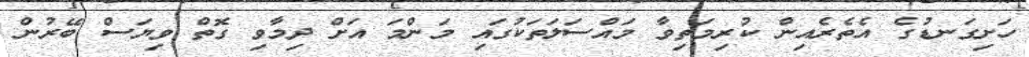
ހަށިގަނޑުގެ އެތެރެއިން ކުރިމަތިވާ މައްސަލަތަކުގައި މަންމަ އަށް ދިމާވި ގޮތް ވިޔަސް ބޭރުން